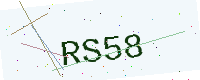
Text: RS58